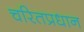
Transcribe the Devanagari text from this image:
चरितप्रधान